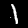
Digit: 1